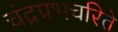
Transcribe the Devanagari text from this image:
चंद्रप्रभचरिते